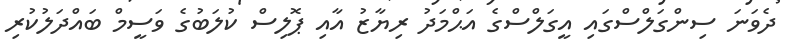
ދެވަނަ ސިންގަލްސްގައި އީގަލްސްގެ އަޙްމަދު ރިޔާޒު އާއި ޕޮލިސް ކުލަބުގެ ވަސީމް ބައްދަލުކުރި